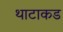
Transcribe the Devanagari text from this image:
थाटाकड